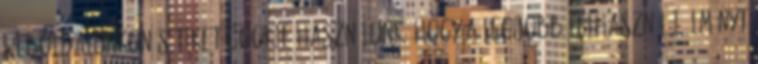
Weboldalunkon sütiket cookie használunk, hogy a legjobb felhasználói élményt